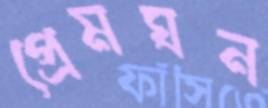
প্রেমঘন